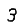
Digit: 3